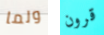
ولما قرون